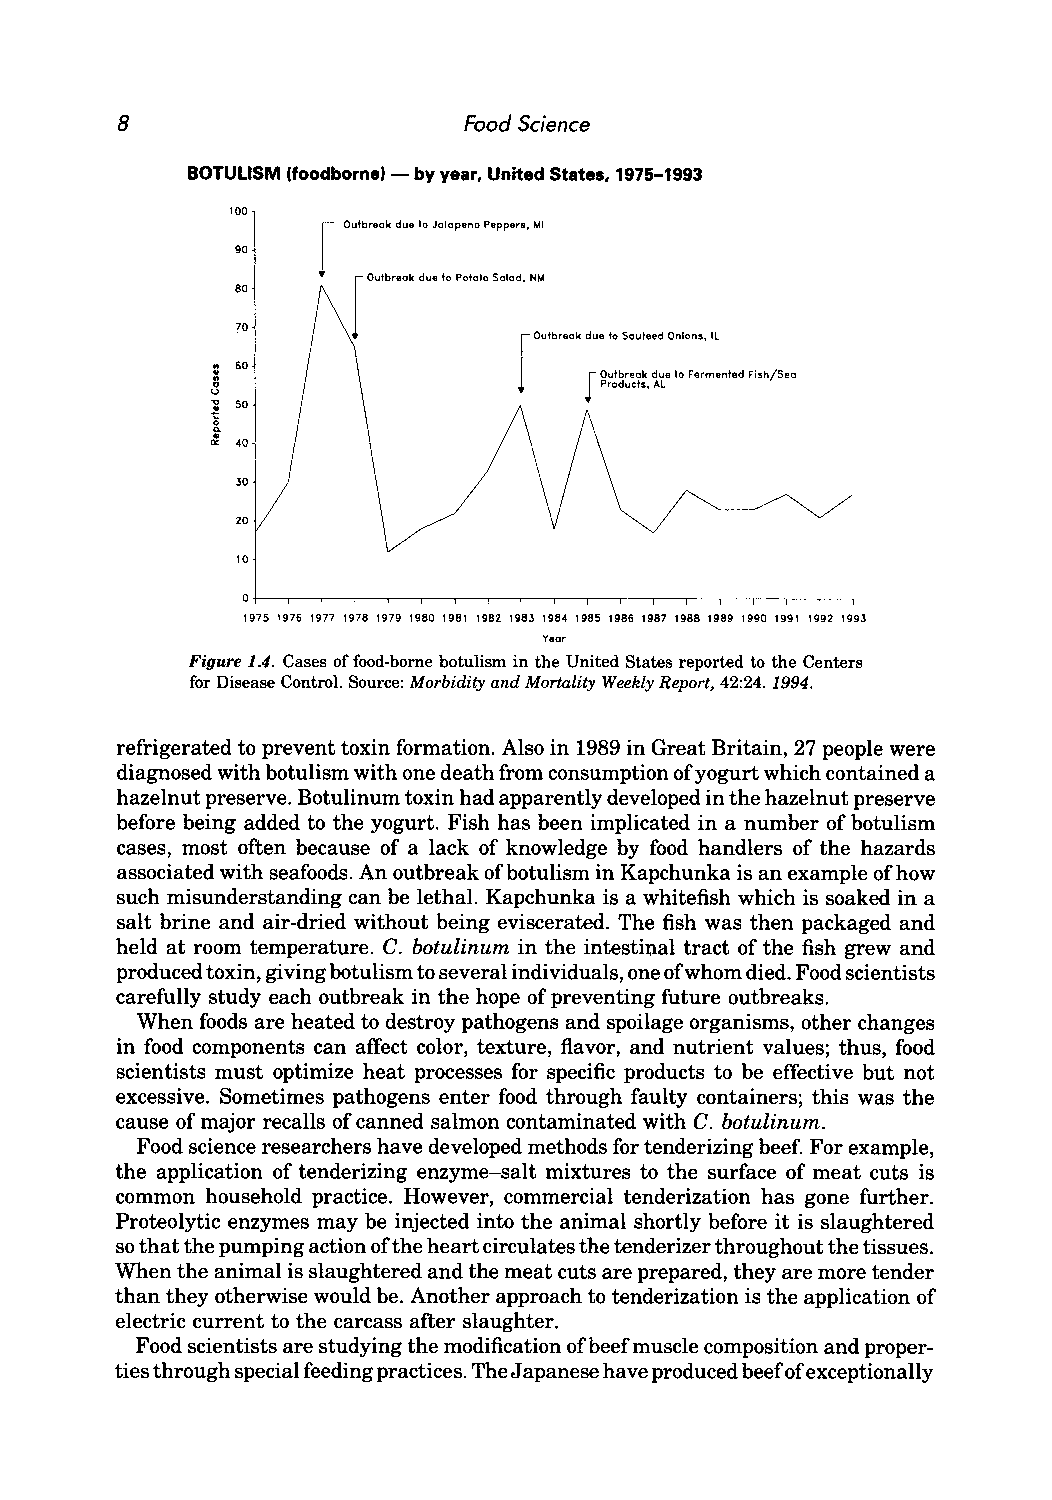
8                      Food Science
 BOTULISM (foodbornel-by year, United State., 1975-1993
 I
 100
 Oulbreak due 10 Jalapeno Peppe". MI
 90
 • [outbreak due to Potato Salad, NM
 80
 70
 Outbreak due to Sauteed Onions. Il
 [
 S" 60                    J O utbreak due to Fermented nsh/Seo
 Product •• AL
 u...
 . so
 ~
 a0 .
 II< 40
 30
 20
 10
 0
 1975 1976 1977 1978 1979 1980 1981 1982 1983 1984 1985 1986 1987 1988 1989 1990 1991 1992 1993
 Vear
 Figure 1.4. Cases of food-borne botulism in the United States reported to the Centers
 for Disease Control. Source: Morbidity and Mortality Weekly Report, 42:24. 1994.
 refrigerated to prevent toxin formation. Also in 1989 in Great Britain, 27 people were
 diagnosed with botulism with one death from consumption of yogurt which contained a
 hazelnut preserve. Botulinum toxin had apparently developed in the hazelnut preserve
 before being added to the yogurt. Fish has been implicated in a number of botulism
 cases, most often because of a lack of knowledge by food handlers of the hazards
 associated with seafoods. An outbreak of botulism in Kapchunka is an example of how
 such misunderstanding can be lethal. Kapchunka is a whitefish which is soaked in a
 salt brine and air-dried without being eviscerated. The fish was then packaged and
 held at room temperature. C. botulinum in the intesti~al tract of the fish grew and
 produced toxin, giving botulism to several individuals, one of whom died. Food scientists
 carefully study each outbreak in the hope of preventing future outbreaks.
 When foods are heated to destroy pathogens and spoilage organisms, other changes
 in food components can affect color, texture, flavor, and nutrient values; thus, food
 scientists must optimize heat processes for specific products to be effective but not
 excessive. Sometimes pathogens enter food through faulty containers; this was the
 cause of major recalls of canned salmon contaminated with C. botulinum.
 Food science researchers have developed methods for tenderizing beef. For example,
 the application of tenderizing enzyme-salt mixtures to the surface of meat cuts is
 common household practice. However, commercial tenderization has gone further.
 Proteolytic enzymes may be injected into the animal shortly before it is slaughtered
 so that the pumping action of the heart circulates the tenderizer throughout the tissues.
 When the animal is slaughtered and the meat cuts are prepared, they are more tender
 than they otherwise would be. Another approach to tenderization is the application of
 electric current to the carcass after slaughter.
 Food scientists are studying the modification of beef muscle composition and proper
 ties through special feeding practices. The Japanese have produced beefo f exceptionally